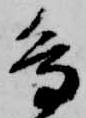
烏